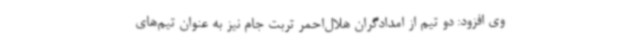
وی افزود: دو تیم از امدادگران هلال‌احمر تربت جام نیز به عنوان تیم‌های